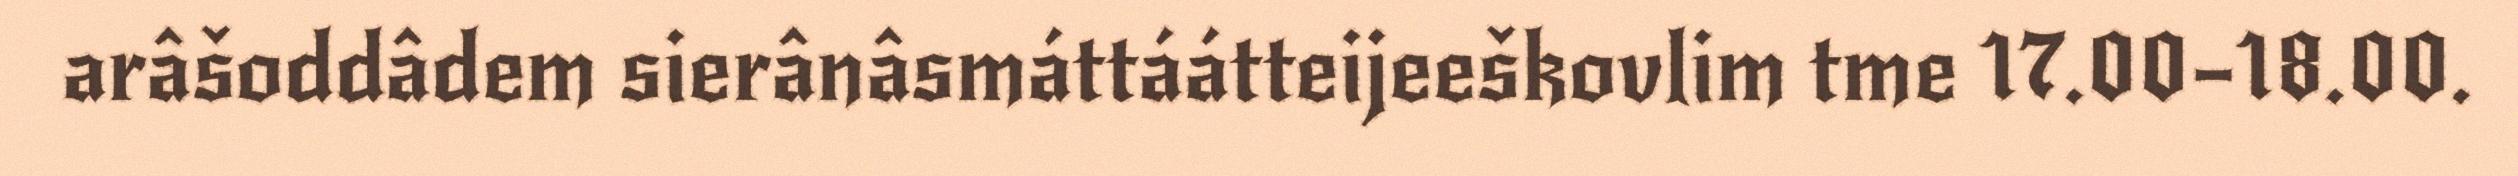
arâšoddâdem sierânâsmáttáátteijeeškovlim tme 17.00–18.00.